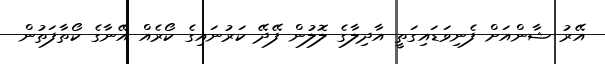
އޭރު ޝާންއަށް ފެނިވަޑައިގަތީ އާދިލާގެ ލޮލުން ފޭދޭ ކަރުނައިގެ ކޯރެއް އޭނާގެ ކޯތާފަތުން